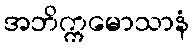
အဘိက္ကမောသာနံ